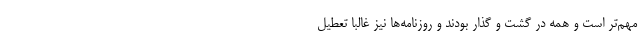
مهم‌تر است و همه در گشت و گذار بودند و روزنامه‌ها نیز غالبا تعطیل